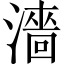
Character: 濇